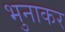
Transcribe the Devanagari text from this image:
भुनाकर